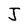
Character: J